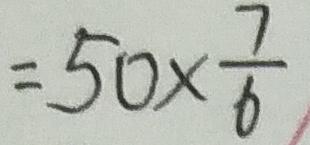
= 5 0 \times \frac { 7 } { 6 }